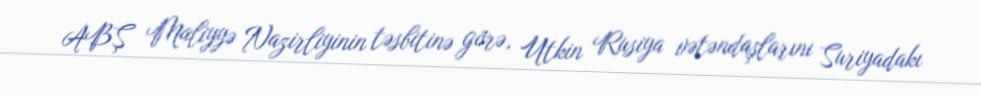
ABŞ Maliyyə Nazirliyinin təsbitinə görə, Utkin Rusiya vətəndaşlarını Suriyadakı